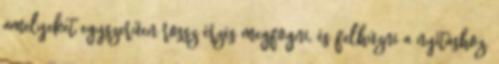
amelyeket egyszerűen rossz érzés megfogni, és felhúzni a nyitáshoz.